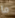
ما